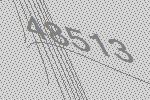
48513